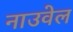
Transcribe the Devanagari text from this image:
नाउवेल